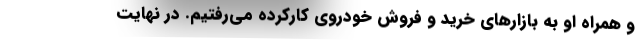
و همراه او به بازارهای خرید و فروش خودروی کارکرده می‌رفتیم. در نهایت